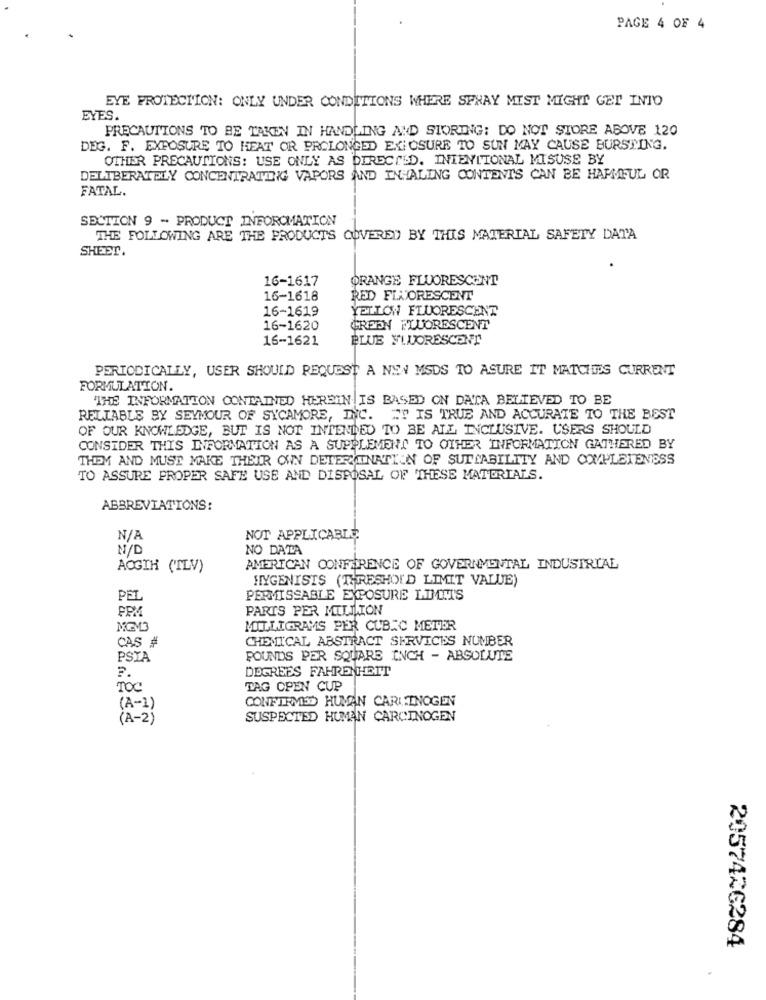
PAGE 4 OF 4
EYE PROTECTION: ONLY UNDER CONDITIONS WHERE SPRAY MIST MIGHT GET INTO
EYES
PRECAUTIONS TO BE TAKEN IN HANDLING AND STORING: DO NOT STORE ABOVE 120
DEG. F. EXPOSURE TO HEAT OR PROLONGED EXPOSURE TO SUN MAY CAUSE BURSTING.
OTHER PRECAUTIONS: USE ONLY AS DIRECTED. INTENTIONAL MISUSE BY
DELIBERATELY CONCENTRATING VAPORS AND INHALING CONTENTS CAN BE HARMFUL OR
FATAL.
SECTION 9 - PRODUCT INFORMATION
THE FOLLOWING ARE THE PRODUCTS COVERED BY THIS MATERIAL SAFETY DATA
SHEET.
16-1617
ORANGE FLUORESCENT
16-1618
RED FLUORESCENT
16-1619
YELLOW FLUORESCENT
16-1620
CREEN FLUORESCENT
16-1621
BLUE FLUORESCENT
PERIODICALLY, USER SHOULD REQUEST A NEN MSDS TO ASURE IT MATCHES CURRENT
FORMULATION.
"THE INFORMATION CONTAINED HEREIN IS BASED ON DATA BELIEVED TO BE
RELIABLE BY SEYMOUR OF SYCAMORE, INC. IT IS TRUE AND ACCURATE TO THE BEST
OF OUR KNOWLEDGE, BUT IS NOT INTENDED TO BE ALL INCLUSIVE. USERS SHOULD
CONSIDER THIS INFORMATION AS A SUPPLEMENT TO OTHER INFORMATION GATHERED BY
THEM AND MUST MAKE THEIR OWN DETERMINATION OF SUTLABILITY AND COMPLETENESS
TO ASSURE PROPER SAFE USE AND DISPOSAL OF THESE MATERIALS.
ABBREVIATIONS:
NOT APPLICABLE
N/D
NO DATA
AOGTH (TLV)
AMERICAN CONFERENCE OF GOVERNMENTAL INDUSTRIAL
HYGENISIS (THRESHOLD LIMIT VALUE)
PEL
PERMISSABLE EXPOSURE LIMITS
FPM
PARTS PER MILLION
MGM3
MILLIGRAMS PER CUBIC METER
CAS #
CHEMICAL ABSTRACT SERVICES NUMBER
PSIA
POUNDS PER SQUARE INCH - ABSOLUTE
DEGREES FAHRENHEIT
TOC
TAG OPEN CUP
CONFIRMED HUMAN CARLTNOGEN
(A-1)
(A-2)
SUSPECTED HUMAN CARCINOGEN
2057426284